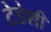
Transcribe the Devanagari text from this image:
टेडेशी